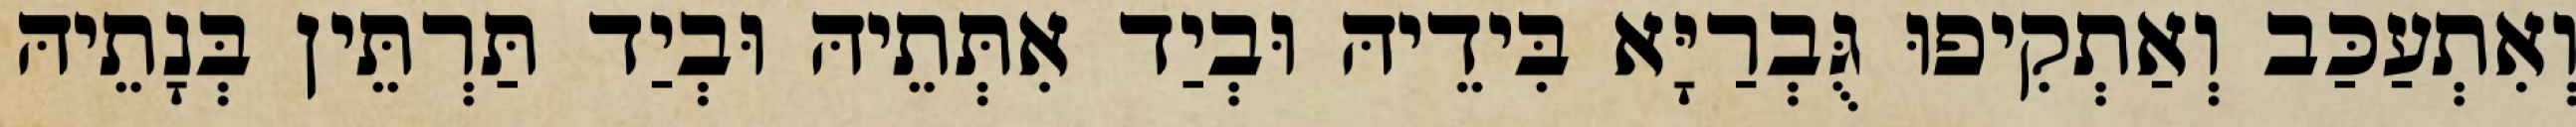
וְאִתְעַכַּב וְאַתְקִיפוּ גֻּבְרַיָּא בִּידֵיהּ וּבְיַד אִתְּתֵיהּ וּבְיַד תַּרְתֵּין בְּנָתֵיהּ